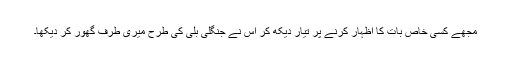
مجھے کسی خاص بات کا اظہار کرنے پر تیار دیکھ کر اس نے جنگلی بلی کی طرح میری طرف گھور کر دیکھا۔